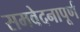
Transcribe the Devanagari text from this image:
समवेदनापूर्ण